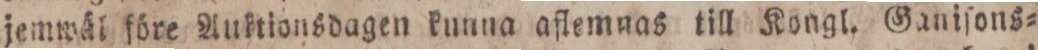
jemwäl före Austionsdagen kunna aflemnas till Kongl. Ganiſons=